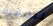
لتصفية